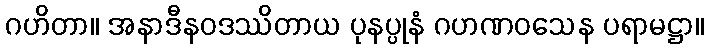
ဂဟိတာ။ အနာဒီနဝဒဿိတာယ ပုနပ္ပုနံ ဂဟဏဝသေန ပရာမဋ္ဌာ။